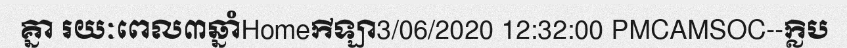
គ្នា រយៈពេល៣ឆ្នាំHomeកីឡា3/06/2020 12:32:00 PMCAMSOC--ក្លិប